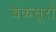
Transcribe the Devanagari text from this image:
बेकसूरों